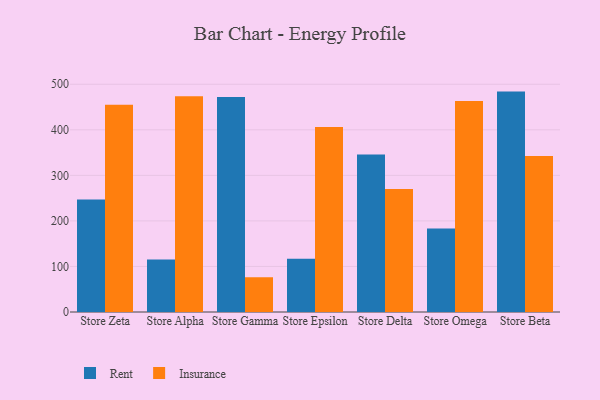
{"axis": {"x": "Store", "y": "Bounce Rate (%)"}, "legend": ["Insurance", "Rent"], "data": [{"x": "Store Zeta", "y": 247.0, "type": "Rent"}, {"x": "Store Zeta", "y": 455.1, "type": "Insurance"}, {"x": "Store Alpha", "y": 115.3, "type": "Rent"}, {"x": "Store Alpha", "y": 473.8, "type": "Insurance"}, {"x": "Store Gamma", "y": 471.8, "type": "Rent"}, {"x": "Store Gamma", "y": 76.3, "type": "Insurance"}, {"x": "Store Epsilon", "y": 116.9, "type": "Rent"}, {"x": "Store Epsilon", "y": 406.0, "type": "Insurance"}, {"x": "Store Delta", "y": 346.0, "type": "Rent"}, {"x": "Store Delta", "y": 270.0, "type": "Insurance"}, {"x": "Store Omega", "y": 183.1, "type": "Rent"}, {"x": "Store Omega", "y": 463.2, "type": "Insurance"}, {"x": "Store Beta", "y": 483.9, "type": "Rent"}, {"x": "Store Beta", "y": 342.5, "type": "Insurance"}]}